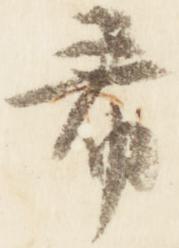
希